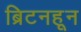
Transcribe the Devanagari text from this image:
ब्रिटनहून